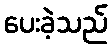
ပေးခဲ့သည်